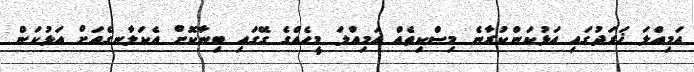
އަމިއްލަ ޚަރަދުގައި އަޅުކަންކުރާނެ މިސްކިތެއް އަމިއްލަ މީހެއްގެ ގޭގައި ބިނާކޮށް އެކަލާނގެއަށް އަޅުކަން